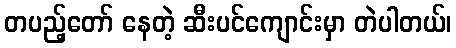
တပည့်တော် နေတဲ့ ဆီးပင်ကျောင်းမှာ တဲပါတယ်၊